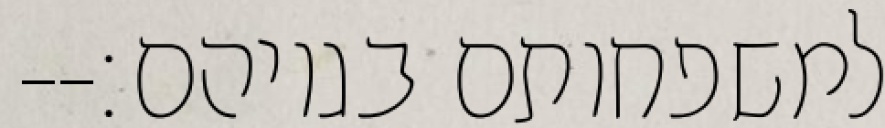
למשפחותם בגויהם׃--